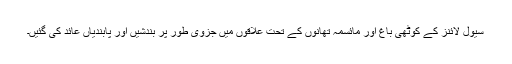
سیول لائنز کے کوٹھی باغ اور مائسمہ تھانوں کے تحت علاقوں میں جزوی طور پر بندشیں اور پابندیاں عائد کی گئیں۔